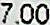
7.00